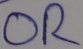
Text: OR